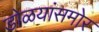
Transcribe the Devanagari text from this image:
डोळयांसमोर